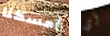
أمسكنا أي